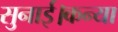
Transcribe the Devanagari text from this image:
सुनाई।कन्या